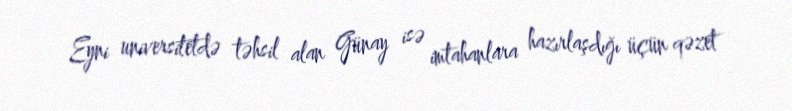
Eyni universitetdə təhsil alan Günay isə imtahanlara hazırlaşdığı üçün qəzet